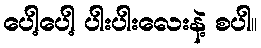
ပေါ့ပေါ့ ပါးပါးလေးနဲ့ စပါ။